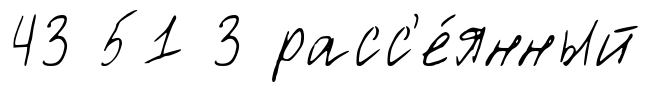
43 51 3 расс'е́янный